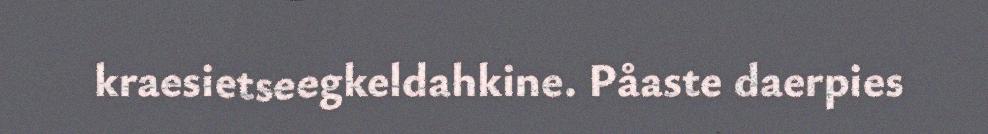
kraesietseegkeldahkine. Påaste daerpies